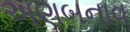
અણબનાવ